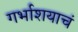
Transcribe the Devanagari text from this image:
गर्भाशयाचं